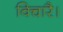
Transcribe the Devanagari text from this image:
विचारै।